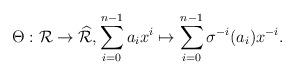
LaTeX: \begin{align*}\Theta : \mathcal{R} \to \widehat{\mathcal{R}}, \sum_{i = 0}^{n-1}a_ix^i \mapsto \sum_{i = 0}^{n-1}\sigma^{-i}(a_i)x^{-i}. \end{align*}